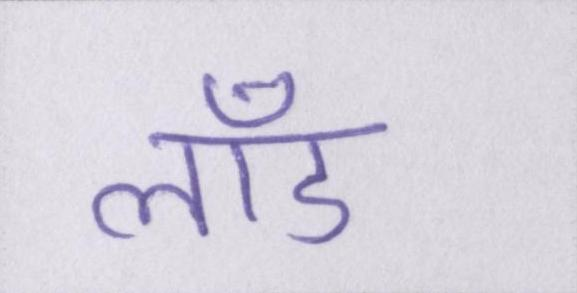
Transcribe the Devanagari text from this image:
लॉड